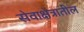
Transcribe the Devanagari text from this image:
सेवाक्षेत्रातील